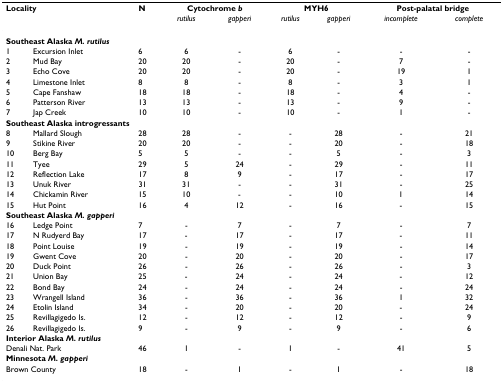
<table><thead><tr><td colspan="2"><b>Locality</b></td><td><b>N</b></td><td colspan="2"><b>Cytochrome <i>b</i></b></td><td colspan="2"><b>MYH6</b></td><td colspan="2"><b>Post-palatal bridge</b></td></tr><tr><td></td><td></td><td></td><td><b><i>rutilus</i></b></td><td><b><i>gapperi</i></b></td><td><b><i>rutilus</i></b></td><td><b><i>gapperi</i></b></td><td><b><i>incomplete</i></b></td><td><b><i>complete</i></b></td></tr></thead><tbody><tr><td colspan="9"><b>Southeast Alaska <i>M. rutilus</i></b></td></tr><tr><td>1</td><td>Excursion Inlet</td><td>6</td><td>6</td><td>-</td><td>6</td><td>-</td><td>-</td><td>-</td></tr><tr><td>2</td><td>Mud Bay</td><td>20</td><td>20</td><td>-</td><td>20</td><td>-</td><td>7</td><td>-</td></tr><tr><td>3</td><td>Echo Cove</td><td>20</td><td>20</td><td>-</td><td>20</td><td>-</td><td>19</td><td>1</td></tr><tr><td>4</td><td>Limestone Inlet</td><td>8</td><td>8</td><td>-</td><td>8</td><td>-</td><td>3</td><td>1</td></tr><tr><td>5</td><td>Cape Fanshaw</td><td>18</td><td>18</td><td>-</td><td>18</td><td>-</td><td>4</td><td>-</td></tr><tr><td>6</td><td>Patterson River</td><td>13</td><td>13</td><td>-</td><td>13</td><td>-</td><td>9</td><td>-</td></tr><tr><td>7</td><td>Jap Creek</td><td>10</td><td>10</td><td>-</td><td>10</td><td>-</td><td>1</td><td>-</td></tr><tr><td colspan="9"><b>Southeast Alaska introgressants</b></td></tr><tr><td>8</td><td>Mallard Slough</td><td>28</td><td>28</td><td>-</td><td>-</td><td>28</td><td>-</td><td>21</td></tr><tr><td>9</td><td>Stikine River</td><td>20</td><td>20</td><td>-</td><td>-</td><td>20</td><td>-</td><td>18</td></tr><tr><td>10</td><td>Berg Bay</td><td>5</td><td>5</td><td>-</td><td>-</td><td>5</td><td>-</td><td>3</td></tr><tr><td>11</td><td>Tyee</td><td>29</td><td>5</td><td>24</td><td>-</td><td>29</td><td>-</td><td>11</td></tr><tr><td>12</td><td>Reflection Lake</td><td>17</td><td>8</td><td>9</td><td>-</td><td>17</td><td>-</td><td>17</td></tr><tr><td>13</td><td>Unuk River</td><td>31</td><td>31</td><td>-</td><td>-</td><td>31</td><td>-</td><td>25</td></tr><tr><td>14</td><td>Chickamin River</td><td>15</td><td>10</td><td>-</td><td>-</td><td>10</td><td>1</td><td>14</td></tr><tr><td>15</td><td>Hut Point</td><td>16</td><td>4</td><td>12</td><td>-</td><td>16</td><td>-</td><td>15</td></tr><tr><td colspan="9"><b>Southeast Alaska <i>M. gapperi</i></b></td></tr><tr><td>16</td><td>Ledge Point</td><td>7</td><td>-</td><td>7</td><td>-</td><td>7</td><td>-</td><td>7</td></tr><tr><td>17</td><td>N Rudyerd Bay</td><td>17</td><td>-</td><td>17</td><td>-</td><td>17</td><td>-</td><td>11</td></tr><tr><td>18</td><td>Point Louise</td><td>19</td><td>-</td><td>19</td><td>-</td><td>19</td><td>-</td><td>14</td></tr><tr><td>19</td><td>Gwent Cove</td><td>20</td><td>-</td><td>20</td><td>-</td><td>20</td><td>-</td><td>17</td></tr><tr><td>20</td><td>Duck Point</td><td>26</td><td>-</td><td>26</td><td>-</td><td>26</td><td>-</td><td>3</td></tr><tr><td>21</td><td>Union Bay</td><td>25</td><td>-</td><td>24</td><td>-</td><td>24</td><td>-</td><td>12</td></tr><tr><td>22</td><td>Bond Bay</td><td>24</td><td>-</td><td>24</td><td>-</td><td>24</td><td>-</td><td>24</td></tr><tr><td>23</td><td>Wrangell Island</td><td>36</td><td>-</td><td>36</td><td>-</td><td>36</td><td>1</td><td>32</td></tr><tr><td>24</td><td>Etolin Island</td><td>34</td><td>-</td><td>20</td><td>-</td><td>20</td><td>-</td><td>24</td></tr><tr><td>25</td><td>Revillagigedo Is.</td><td>12</td><td>-</td><td>12</td><td>-</td><td>12</td><td>-</td><td>9</td></tr><tr><td>26</td><td>Revillagigedo Is.</td><td>9</td><td>-</td><td>9</td><td>-</td><td>9</td><td>-</td><td>6</td></tr><tr><td colspan="9"><b>Interior Alaska <i>M. rutilus</i></b></td></tr><tr><td colspan="2">Denali Nat. Park</td><td>46</td><td>1</td><td>-</td><td>1</td><td>-</td><td>41</td><td>5</td></tr><tr><td colspan="9"><b>Minnesota <i>M. gapperi</i></b></td></tr><tr><td colspan="2">Brown County</td><td>18</td><td>-</td><td>1</td><td>-</td><td>1</td><td>-</td><td>18</td></tr></tbody></table>